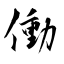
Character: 働